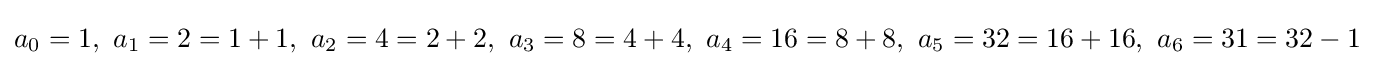
a_{0}=1,\ a_{1}=2=1+1,\ a_{2}=4=2+2,\ a_{3}=8=4+4,\ a_{4}=16=8+8,\ a_{5}=32=16+16,\ a_{6}=31=32-1